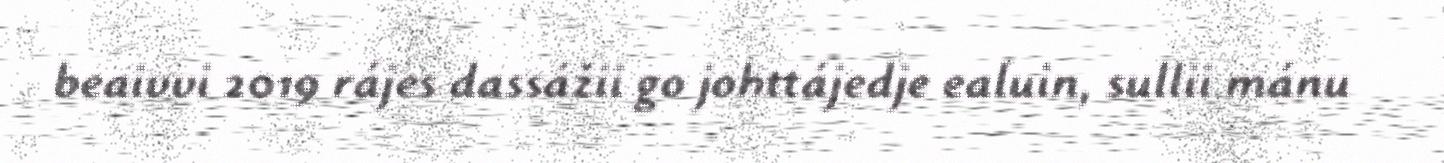
beaivvi 2019 rájes dassážii go johttájedje ealuin, sullii mánu